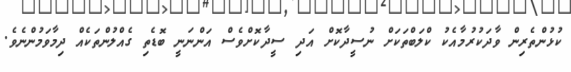
ކުޅުންތެރިން ވާދަކުރުމާއެކު ކްލަބްތަކަށް ނުސީދާކޮށް އަދި ސީދާކޮށްވެސް އަންނަނީ ބޮޑެތި ގެއްލުންތަކެއް ދިމާވަމުންނެވެ.